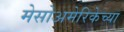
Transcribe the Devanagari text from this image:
मेसोअमेरिकेच्या